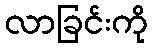
လာခြင်းကို